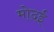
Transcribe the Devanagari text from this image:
मोदई